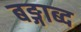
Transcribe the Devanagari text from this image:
बङ्गाब्द